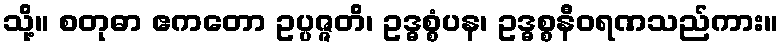
သို့။ စတုဓာ ဧကတော ဥပ္ပဇ္ဇတိ၊ ဥဒ္ဓစ္စံပန၊ ဥဒ္ဓစ္စနီဝရဏသည်ကား။